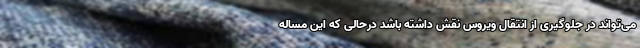
می‌تواند در جلوگیری از انتقال ویروس نقش داشته باشد درحالی که این مساله